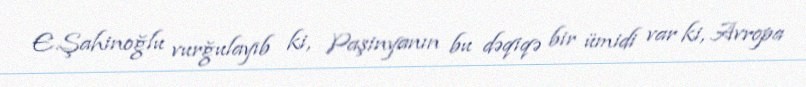
E.Şahinoğlu vurğulayıb ki, Paşinyanın bu dəqiqə bir ümidi var ki, Avropa